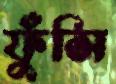
ফুঁসি